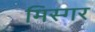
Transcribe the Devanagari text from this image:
मिस्गर